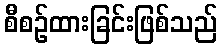
စီစဉ်ထားခြင်းဖြစ်သည်